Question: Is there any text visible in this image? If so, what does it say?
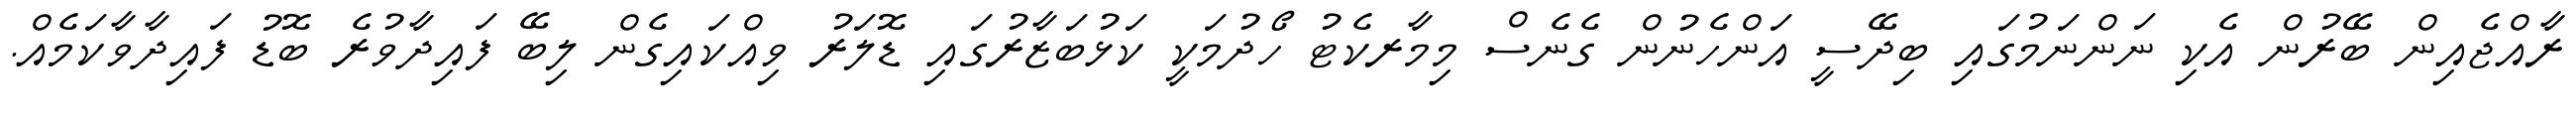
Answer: ރާއްޖެއިން ބޭރުން އެކި ނަންނަމުގައި ބިދޭސީ އަންހެނުން ގެނެސް މިމާރކެޓު ހޯދުމަކީ ކަޅުބަޒާރުގައި ޑޮލަރު ވިއްކައިގެން ލިބޭ ފައިދާވުރެ ބޮޑު ފައިދާވާކަމެއް.